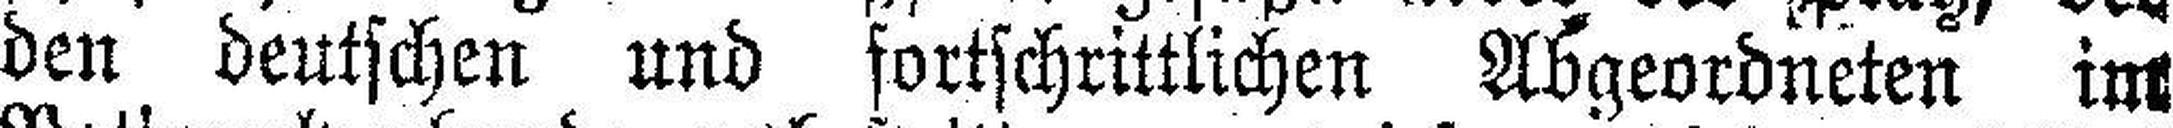
den deutschen und fortschrittlichen Abgeordneten im